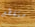
متقطع